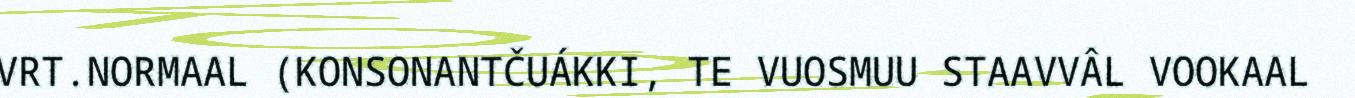
VRT.NORMAAL (KONSONANTČUÁKKI, TE VUOSMUU STAAVVÂL VOOKAAL